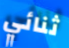
ثنائي